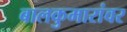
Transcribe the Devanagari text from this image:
बालकुमारांवर